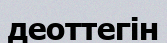
деоттегін